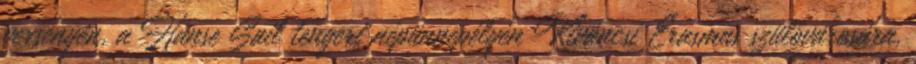
versenyén, a Hanse Sail tengeri népünnepélyén Kíváncsi Erasmus szülővárosára,